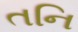
તનિ